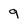
Character: 9